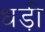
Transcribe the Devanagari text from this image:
धड़ी